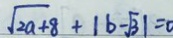
\sqrt { 2 a + 8 } + \vert b - \sqrt { 3 } \vert = 0